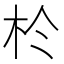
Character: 𪱸